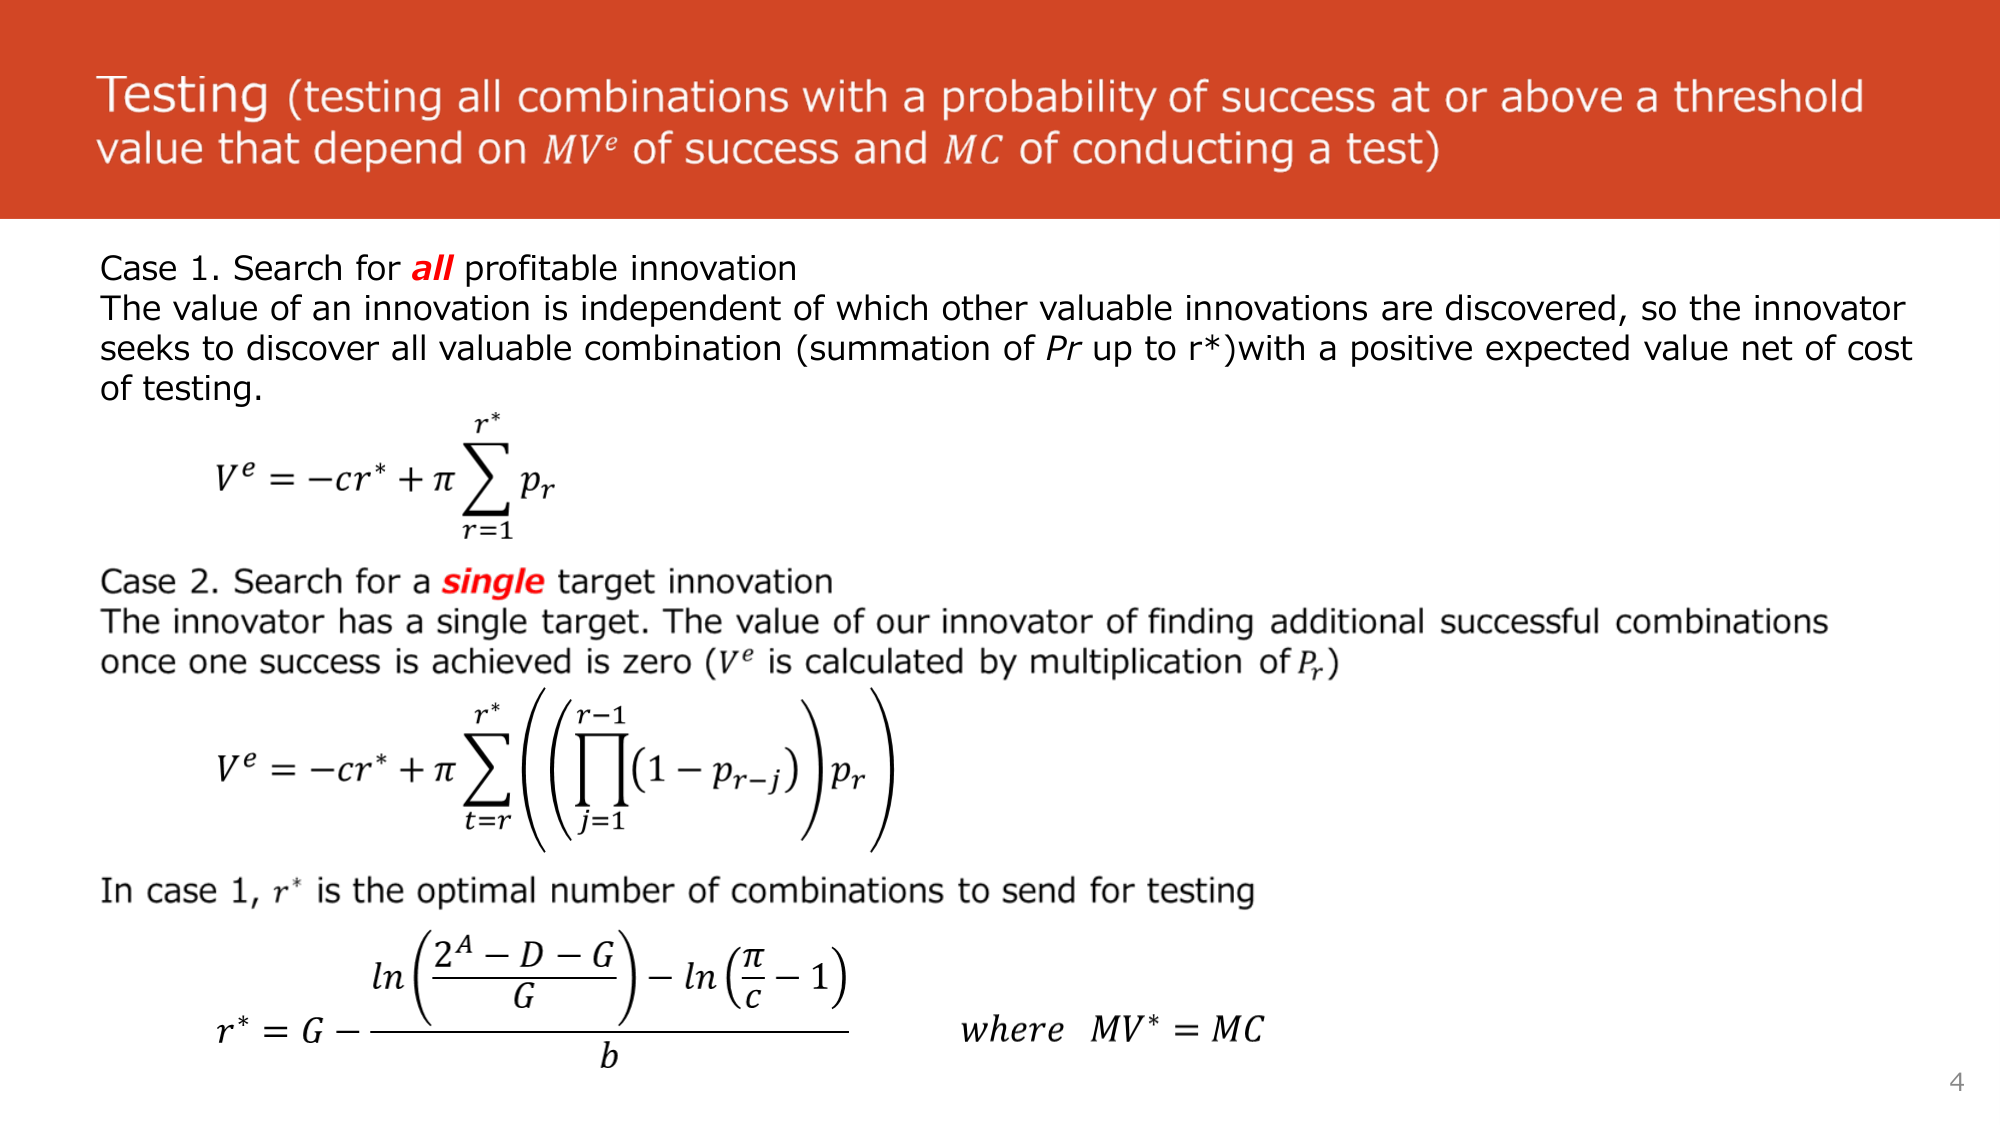
Testing (testing all combinations with a probability of success at or above a threshold value that depend on MV^e of success and MC of conducting a test)

Case 1. Search for all profitable innovation
The value of an innovation is independent of which other valuable innovations are discovered, so the innovator seeks to discover all valuable combination (summation of Pr up to r*) with a positive expected value net of cost of testing.

V^e = -cr* + π Σ p_r
           r=1
           r*

Case 2. Search for a single target innovation
The innovator has a single target. The value of our innovator of finding additional successful combinations once one success is achieved is zero (V^e is calculated by multiplication of p_r)

V^e = -cr* + π Σ (Π (1 - p_{r-j}) p_r)
           t=r     j=1
           r*       r-1

In case 1, r* is the optimal number of combinations to send for testing

r* = G - [ln((2^A - D - G)/G) - ln(π/c - 1)] / b    where MV* = MC

4